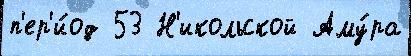
п'ер'и́од 53 Н'икольской Аму́ра